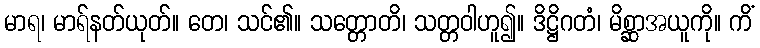
မာရ၊ မာရ်နတ်ယုတ်။ တေ၊ သင်၏။ သတ္တောတိ၊ သတ္တဝါဟူ၍။ ဒိဋ္ဌိဂတံ၊ မိစ္ဆာအယူကို။ ကိံ